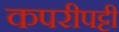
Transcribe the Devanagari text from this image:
कपरीपट्टी